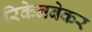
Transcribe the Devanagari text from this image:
रिकेनबेकर